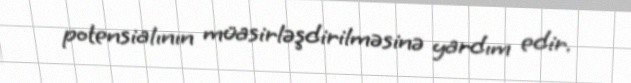
potensialının müasirləşdirilməsinə yardım edir.